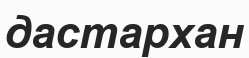
дастархан